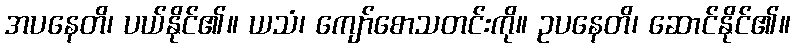
အပနေတိ၊ ပယ်နိုင်၏။ ယသံ၊ ကျော်စောသတင်းကို။ ဥပနေတိ၊ ဆောင်နိုင်၏။